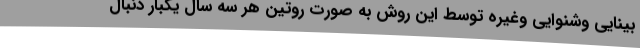
بینایی وشنوایی وغیره توسط این روش به صورت روتین هر سه سال یکبار دنبال